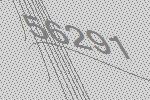
56291